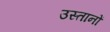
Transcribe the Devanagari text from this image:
उस्तानों